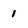
Character: 1